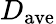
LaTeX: D_{\mathrm{ave}}